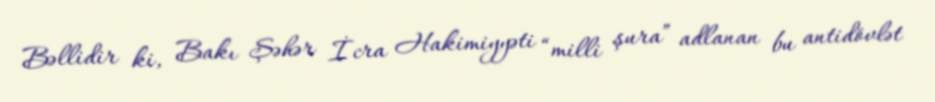
Bəllidir ki, Bakı Şəhər İcra Hakimiyyəti “milli şura” adlanan bu antidövlət